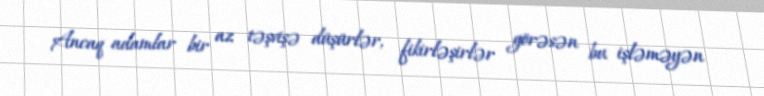
Ancaq adamlar bir az təşvişə düşürlər, fikirləşirlər görəsən bu işləməyən